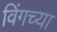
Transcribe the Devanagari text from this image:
विंगच्या